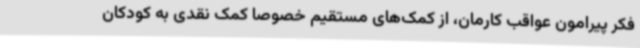
فکر پیرامون عواقب کارمان، از کمک‌های مستقیم خصوصا کمک نقدی به کودکان